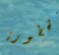
الخطورة